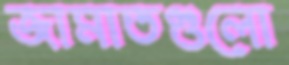
জামাতগুলো